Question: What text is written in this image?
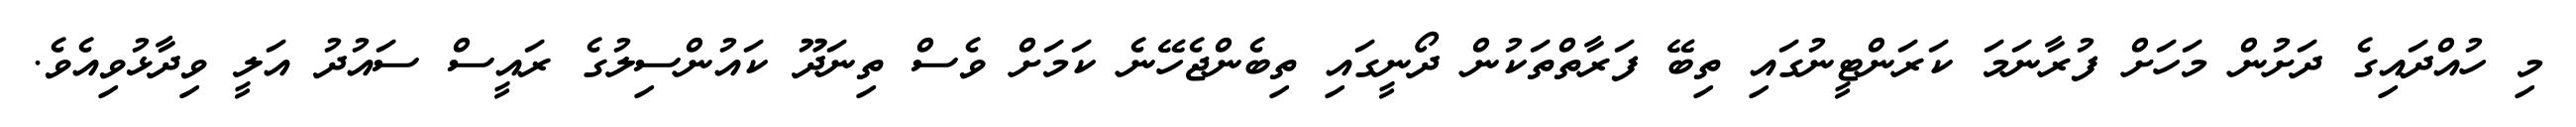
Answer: މި ހުއްދައިގެ ދަށުން މަހަށް ފުރާނަމަ ކަރަންޓީނުގައި ތިބޭ ފަރާތްތަކުން ދޯނީގައި ތިބެންޖެހޭނެ ކަމަށް ވެސް ތިނަދޫ ކައުންސިލުގެ ރައީސް ސައުދު އަލީ ވިދާޅުވިއެވެ.